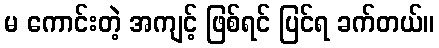
မ ကောင်းတဲ့ အကျင့် ဖြစ်ရင် ပြင်ရ ခက်တယ်။